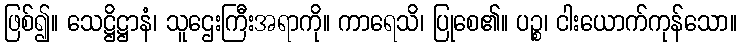
ဖြစ်၍။ သေဋ္ဌိဋ္ဌာနံ၊ သူဌေးကြီးအရာကို။ ကာရေသိ၊ ပြုစေ၏။ ပဉ္စ၊ ငါးယောက်ကုန်သော။